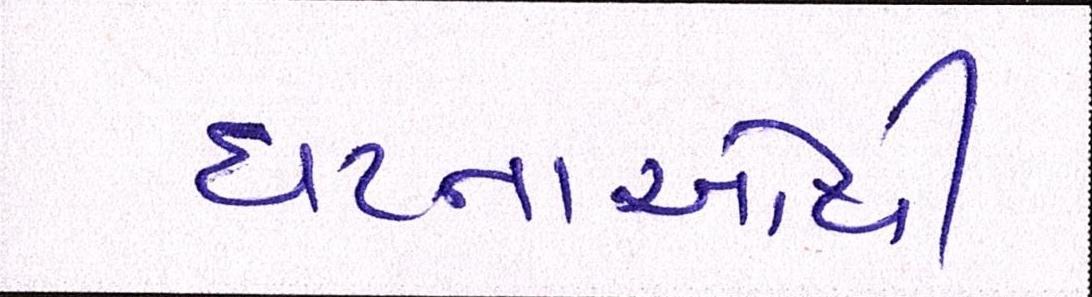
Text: ઘટનાઓથી